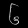
Digit: ၆